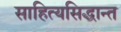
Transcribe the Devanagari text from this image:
साहित्यसिद्धान्त